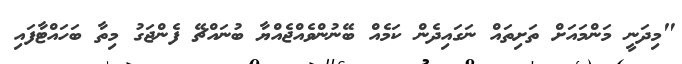
"މިދަނީ މަންމައަށް ތަށިތައް ނަގައިދެން ކަމެއް ބޭނުންވެއްޖެއްޔާ ބުނައްޗޭ ފެންޖަގު މިތާ ބަހައްޓާފައި